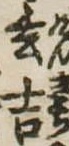
玄吉